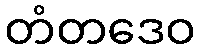
တံတဒေဝ